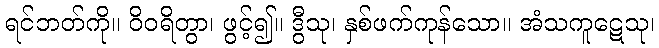
ရင်ဘတ်ကို။ ဝိဝရိတွာ၊ ဖွင့်၍။ ဒွီသု၊ နှစ်ဖက်ကုန်သော။ အံသကူဋေသု၊